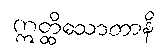
ဣတ္ထိသောတာနိ